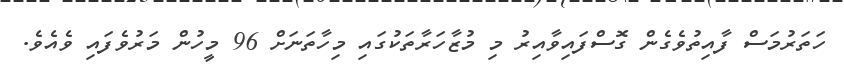
ހަތަރުމަސް ފާއިތުވެގެން ގޮސްފައިވާއިރު މި މުޒާހަރާތަކުގައި މިހާތަނަށް 96 މީހުން މަރުވެފައި ވެއެވެ.